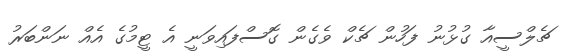
ޗެލްސީއާ ގުޅުނު ފަހުން ޗެކް ވެގެން ގޮސްފައިވަނީ އެ ޓީމުގެ އެއް ނަންބަރު